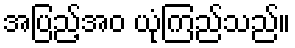
အပြည့်အဝ ယုံကြည်သည်။